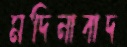
মদিনাবাদ